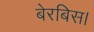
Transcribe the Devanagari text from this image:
बेरबिस।